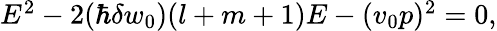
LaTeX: \begin{array}{r}{E^{2}-2(\hbar\delta w_{0})(l+m+1)E-(v_{0}p)^{2}=0,}\end{array}